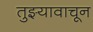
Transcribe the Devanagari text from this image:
तुझ्यावाचून